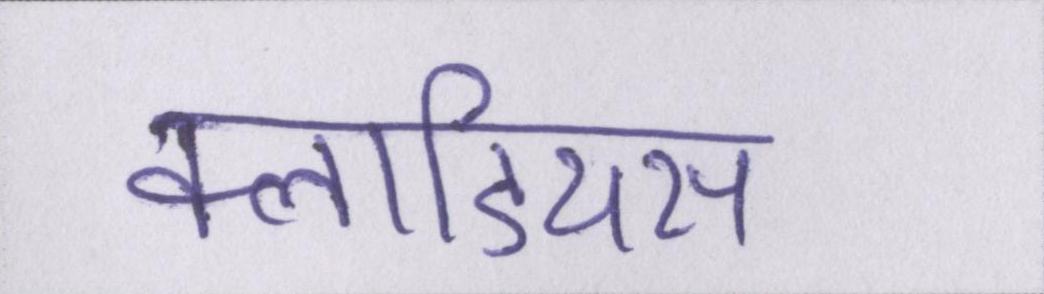
क्लाडियस